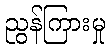
ညွန်ကြားမှု